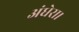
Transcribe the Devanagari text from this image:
अंधेरा।